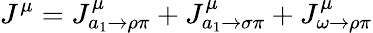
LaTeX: J^{\mu}=J_{a_{1}\rightarrow\rho\pi}^{\mu}+J_{a_{1}\rightarrow\sigma\pi}^{\mu}+J_{\omega\rightarrow\rho\pi}^{\mu}